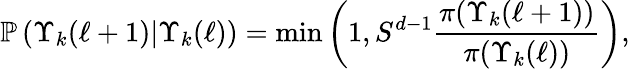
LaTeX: \mathbb{P}\left(\Upsilon_{k}(\ell+1)|\Upsilon_{k}(\ell)\right)=\operatorname*{min}\left(1,S^{d-1}\frac{\pi(\Upsilon_{k}(\ell+1))}{\pi(\Upsilon_{k}(\ell))}\right),